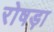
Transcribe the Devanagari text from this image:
रोषड़ा